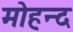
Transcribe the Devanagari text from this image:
मोहन्द